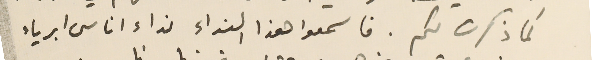
كما ذكرت لكم. فاسمعوا هذا النداء نداء اناس ابرياء